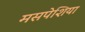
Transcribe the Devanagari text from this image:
मसपेशिया